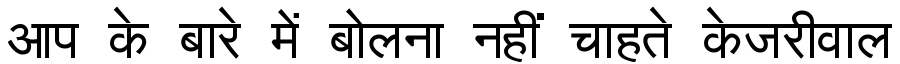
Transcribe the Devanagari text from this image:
आप के बारे में बोलना नहीं चाहते केजरीवाल